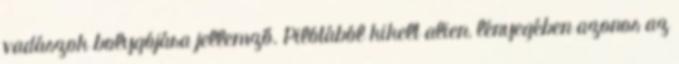
vadászok bolygójára jellemző. Pilótából kikelt alien, lényegében azonos az